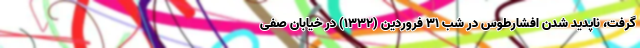
گرفت،‌ ناپدید شدن افشارطوس در شب ۳۱ فروردین (1332) در خیابان صفی‌